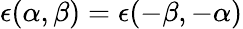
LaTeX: \epsilon(\alpha,\beta)=\epsilon(-\beta,-\alpha)